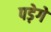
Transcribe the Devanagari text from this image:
पड़ेगे